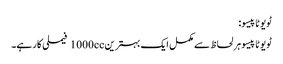
ٹویوٹا پیسو:
ٹویوٹا پیسو ہر لحاظ سے مکمل ایک بہترین 1000cc فیملی کار ہے۔